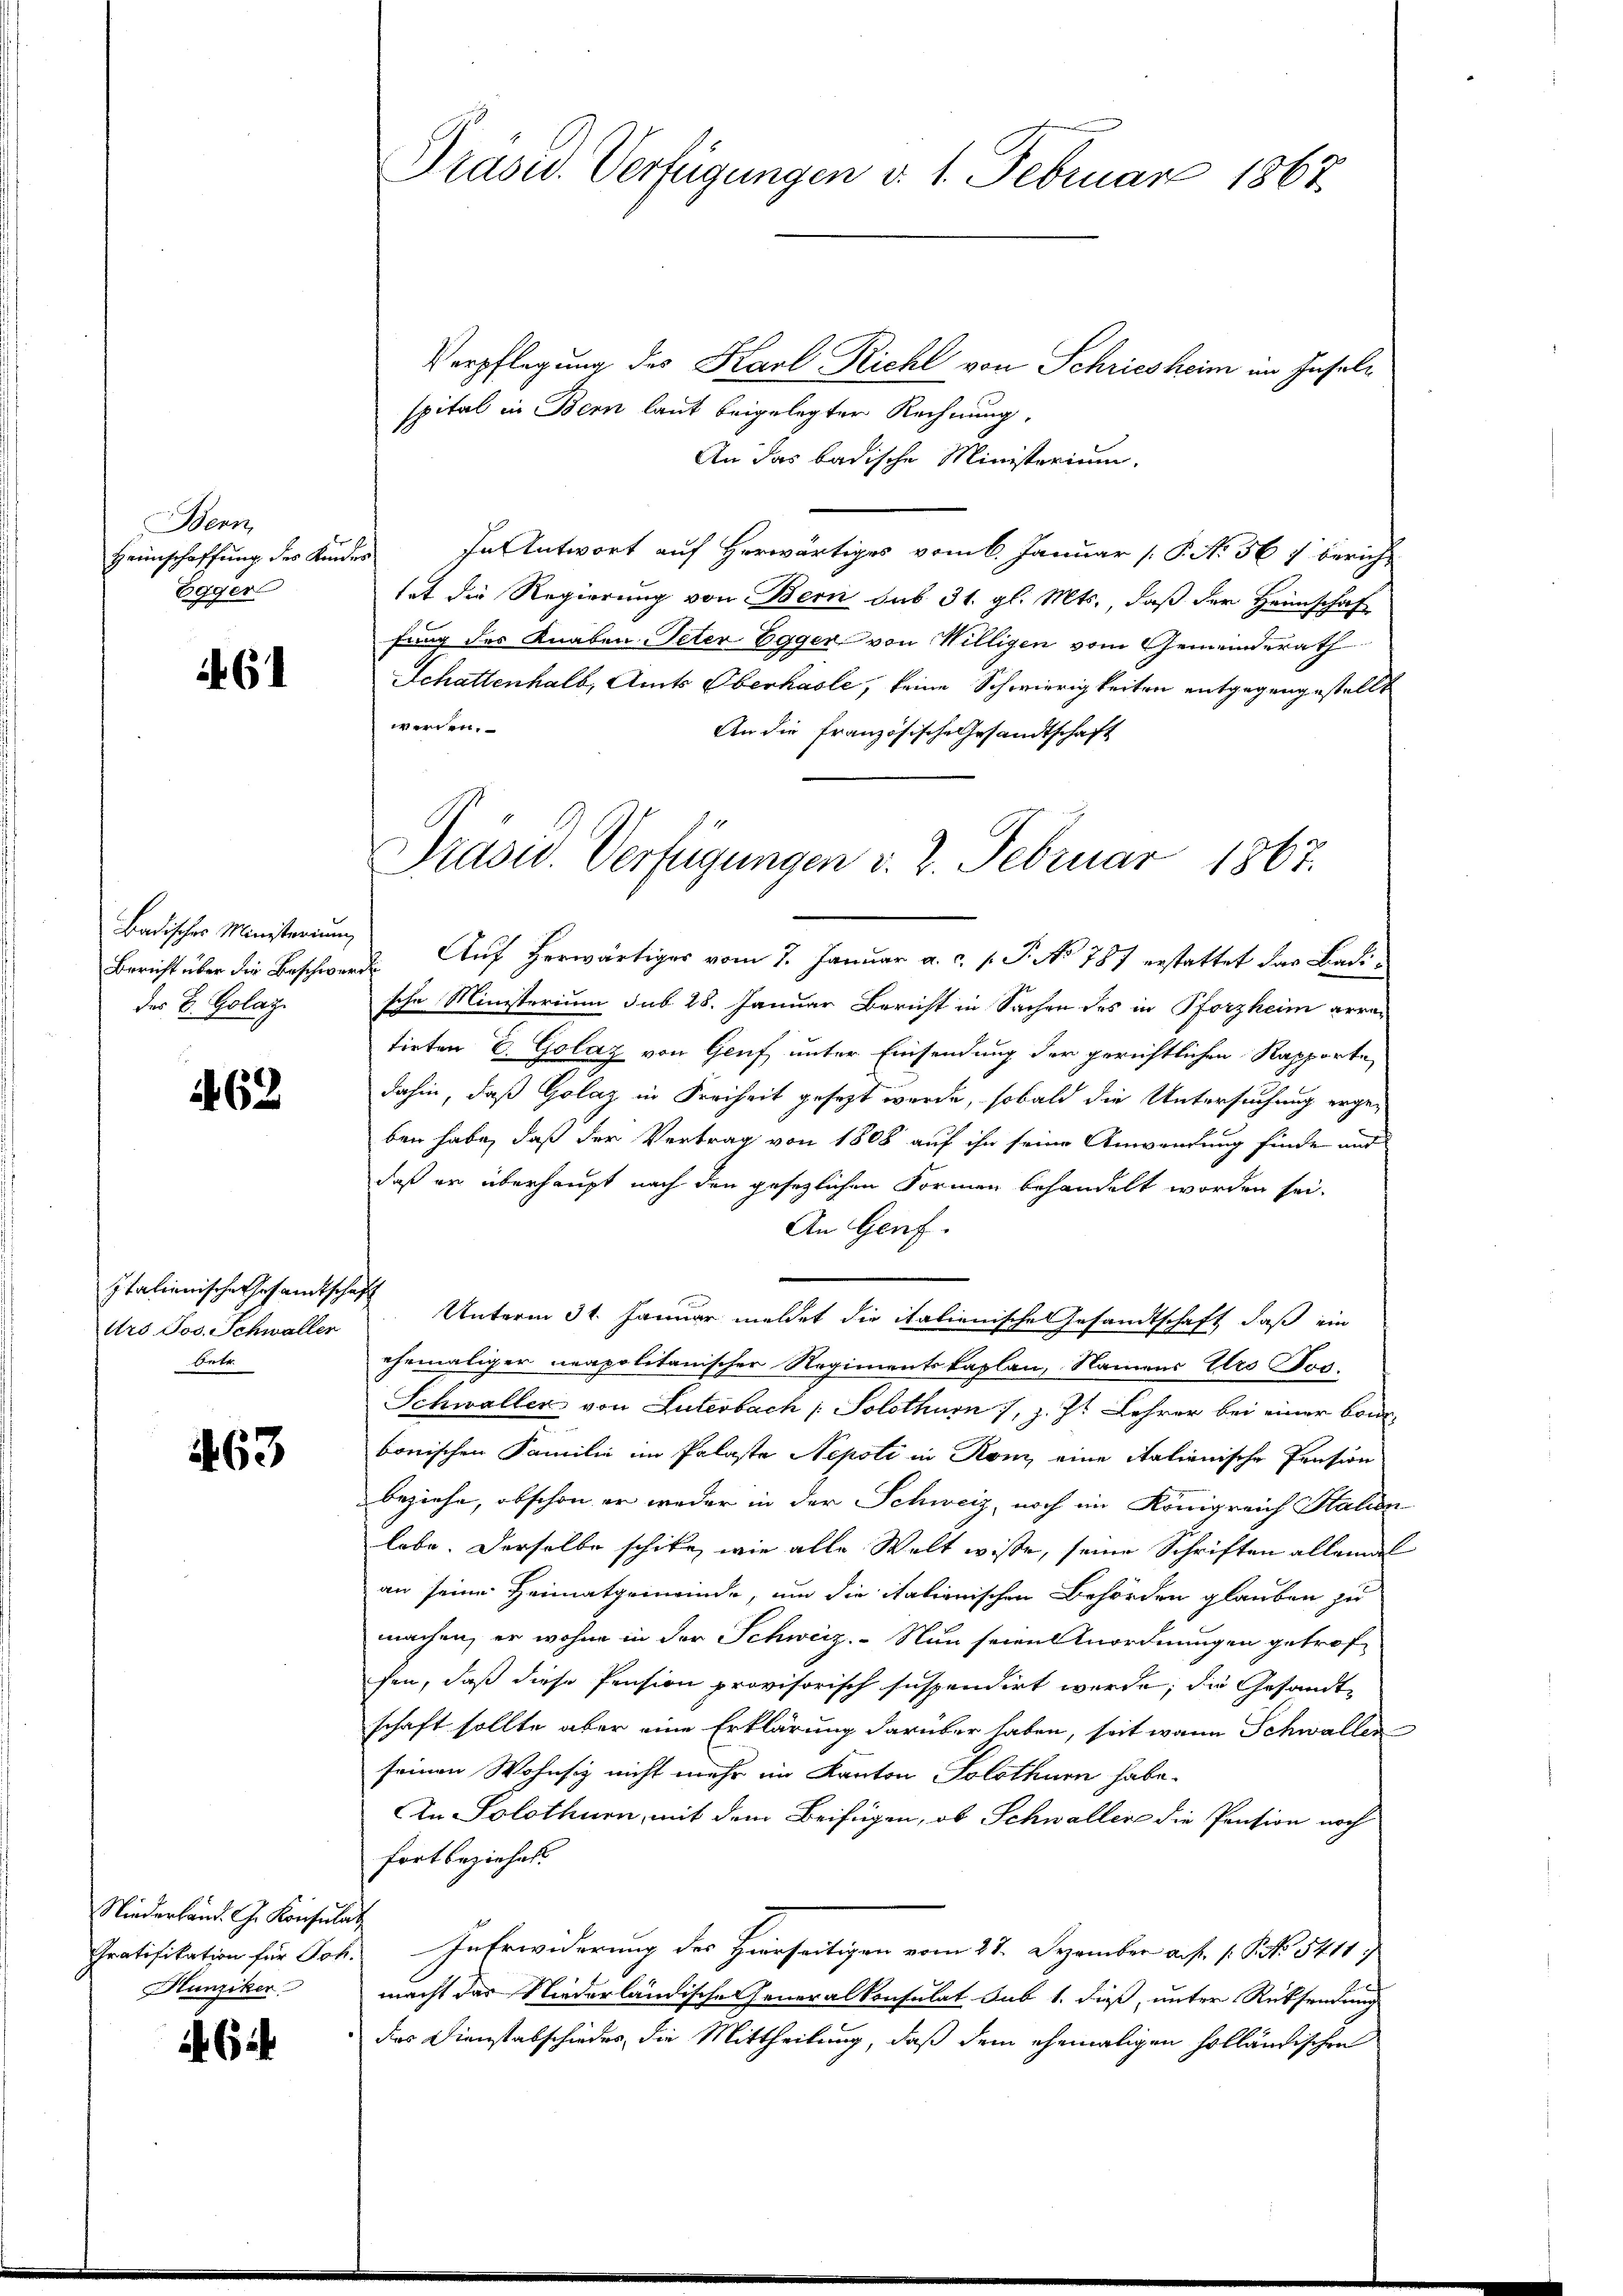
Bern,
Heinschaffung des Kun¬
Egger

61

Badisches Ministerium
Bericht über die Beschwerdes B. Golag.

62

Italienische Gesandtschaf
Ars Jos. Schwaller
Betr

463

Niederland. G. Konsulat
Chratifikation für Joh.
Hunziker

6

Prasw. Verfügungen d. 1. Februar 1867.

Verpflegung des Karl Richt von Schriesheim im Inselspital in Bern laut beigelegter Rechnung.
An das badische Ministerium.
In Antwort auf Herwärtiges vom 6. Januar [ P. N. 567 bericht
i
tet die Regierung von Bern das 31. gl. Mts., daß der Heimschaf
fung des Knaben-Peter Egger von Willigen vom Gemeinderath
Schattenhalb, Amts Oberhasle, keine Schwierigkeiten entgegengestellt
werden.
An die französische Gesandtschaft
2. Aŭf herwärtiger vom 7. Januar a. c. s. S. No 787 erstattet das Badische Ministerium sub 28. Januar Bericht in Sachen des in Pforzheim arra-
tirten E. Golaz von Genf unter Einsendung der gerichtlichen Rapporte
dahin, daß Golaz in Freiheit gesezt werde, sobald die Untersuchung ergeben habe, daß der Vertrag von 1808 auf ihn seine Anwendung finde aus
daß er überhaupt nach den gesezlichen Formen behandelt worden sei.
An Genf.
c
Unterm 31. Januar meldet die italienische Gesandtschaft, daß ein
ehemaliger neapolitanischer Regimentskaplan, Namens Ers Jos.
Schwaller von Luterbach / Solothurn, z. Zt. Lehrer bei einer Bonbonischen Familie im Palaste Nepoti in Rom, eine Italienische Pension
beziehe, obschon er weder in der Schweiz, noch im Königreich Station
labe. Derselbe schike, wie alle Welt wisse, seine Schriften allemal
an seine Heimatgemeinde, um die italienischen Behörden glauben zu
machen, er wohne in der Schweiz. Nun seienordnungen getroffen, daß diese Pension provisorisch suspendirt werde; die Gesandtschaft sollte aber eine Erklärung darüber haben, seit wann Schwaller
seinen Wohnsiz nicht mehr im Kanton Solothurn habe.
n Solothurn, mit dem Beifügen, ob Schwaller die Pension noch
fort beziehet.
In Erwiderung des Hierseitigen vom 27. Dezember a. f. 1 Pf. 5411;
macht das Niederländische Generalkonsulat sub 1. dieß, unter Rücksendung
des Dienstabschiedes, die Mittheilung, daß dem ehemaligen holländischen

Prasw. Verfügungen d. 2. Februar 1867.